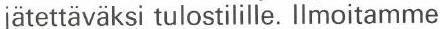
jätettäväksi tulostilille. llmoitamme